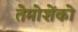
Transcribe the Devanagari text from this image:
तेमोशेंको